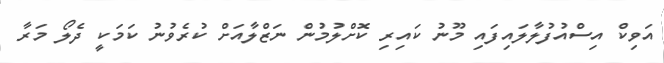
އަވިކް އިސްއުފުލާލައިފައި މޫނު ކައިރި ކޮށްލުމުން ނަޒްލާއަށް ކުރެވުނު ކަމަކީ ދެލޯ މަރާ